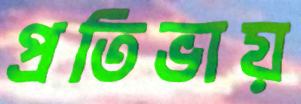
প্রতিভায়